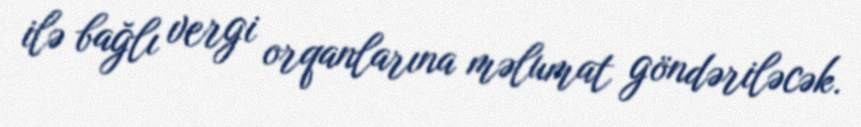
ilə bağlı vergi orqanlarına məlumat göndəriləcək.